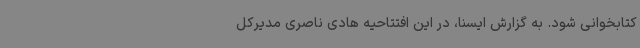
کتابخوانی شود. به گزارش ایسنا، در این افتتاحیه هادی ناصری مدیرکل